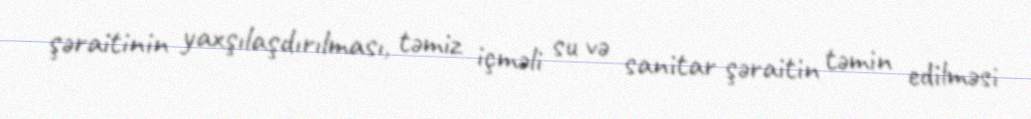
şəraitinin yaxşılaşdırılması, təmiz içməli su və sanitar şəraitin təmin edilməsi